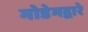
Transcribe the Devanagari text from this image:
मोडेमद्वारे